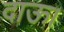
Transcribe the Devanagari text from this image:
दाऊ।